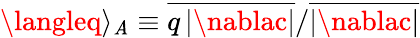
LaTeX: \langleq\rangle_{\mathit{A}}\equiv\overline{{{q\left\vert\nablac\right\vert}}}/\overline{{{\left\vert\nablac\right\vert}}}